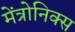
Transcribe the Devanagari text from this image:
मेंत्रोनिक्स